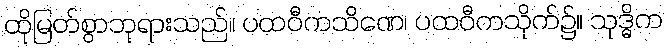
ထိုမြတ်စွာဘုရားသည်။ ပထဝီကသိဏေ၊ ပထဝီကသိုက်၌။ သုဒ္ဓိက